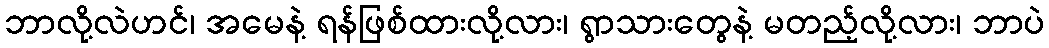
ဘာလို့လဲဟင်၊ အမေနဲ့ ရန်ဖြစ်ထားလို့လား၊ ရွာသားတွေနဲ့ မတည့်လို့လား၊ ဘာပဲ